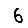
Digit: 6